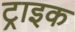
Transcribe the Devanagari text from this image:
ट्राइक